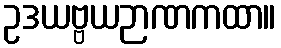
ဥဒယဗ္ဗယဉာဏကထာ။